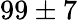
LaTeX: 99\pm 7